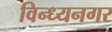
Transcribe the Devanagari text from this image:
विन्ध्यनगर